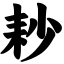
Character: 耖